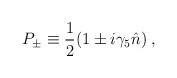
\begin{align*}P_{\pm} \equiv {1\over 2}(1 \pm i \gamma_{5} \hat{n}) \; ,\end{align*}